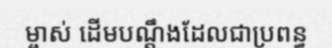
ម្ចាស់ ដើមបណ្តឹងដែលជាប្រពន្ធ